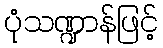
ပုံသဏ္ဍာန်ဖြင့်